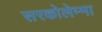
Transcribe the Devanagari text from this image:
सरकोलेम्मा